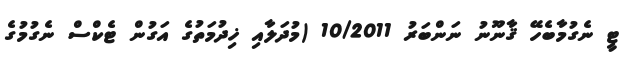
ޓީ ނެގުމާބެހޭ ޤާނޫނު ނަންބަރު 10/2011 (މުދަލާއި ޚިދުމަތުގެ އަގުން ޓެކްސް ނެގުމުގެ